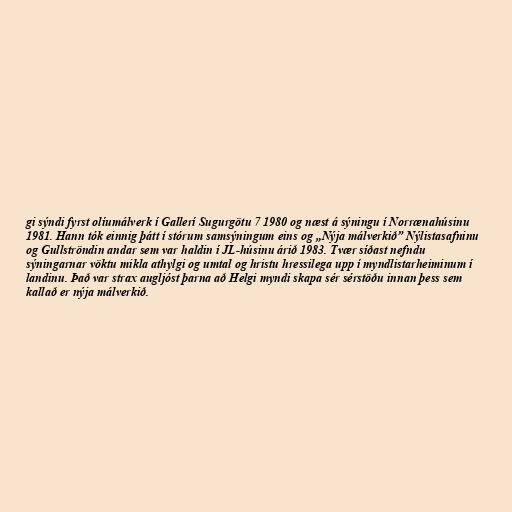
gi sýndi fyrst olíumálverk í Gallerí Sugurgötu 7 1980 og næst á sýningu í Norrænahúsinu
1981. Hann tók einnig þátt í stórum samsýningum eins og „Nýja málverkið” Nýlistasafninu
og Gullströndin andar sem var haldin í JL-húsinu árið 1983. Tvær síðast nefndu
sýningarnar vöktu mikla athylgi og umtal og hristu hressilega upp í myndlistarheiminum í
landinu. Það var strax augljóst þarna að Helgi myndi skapa sér sérstöðu innan þess sem
kallað er nýja málverkið.